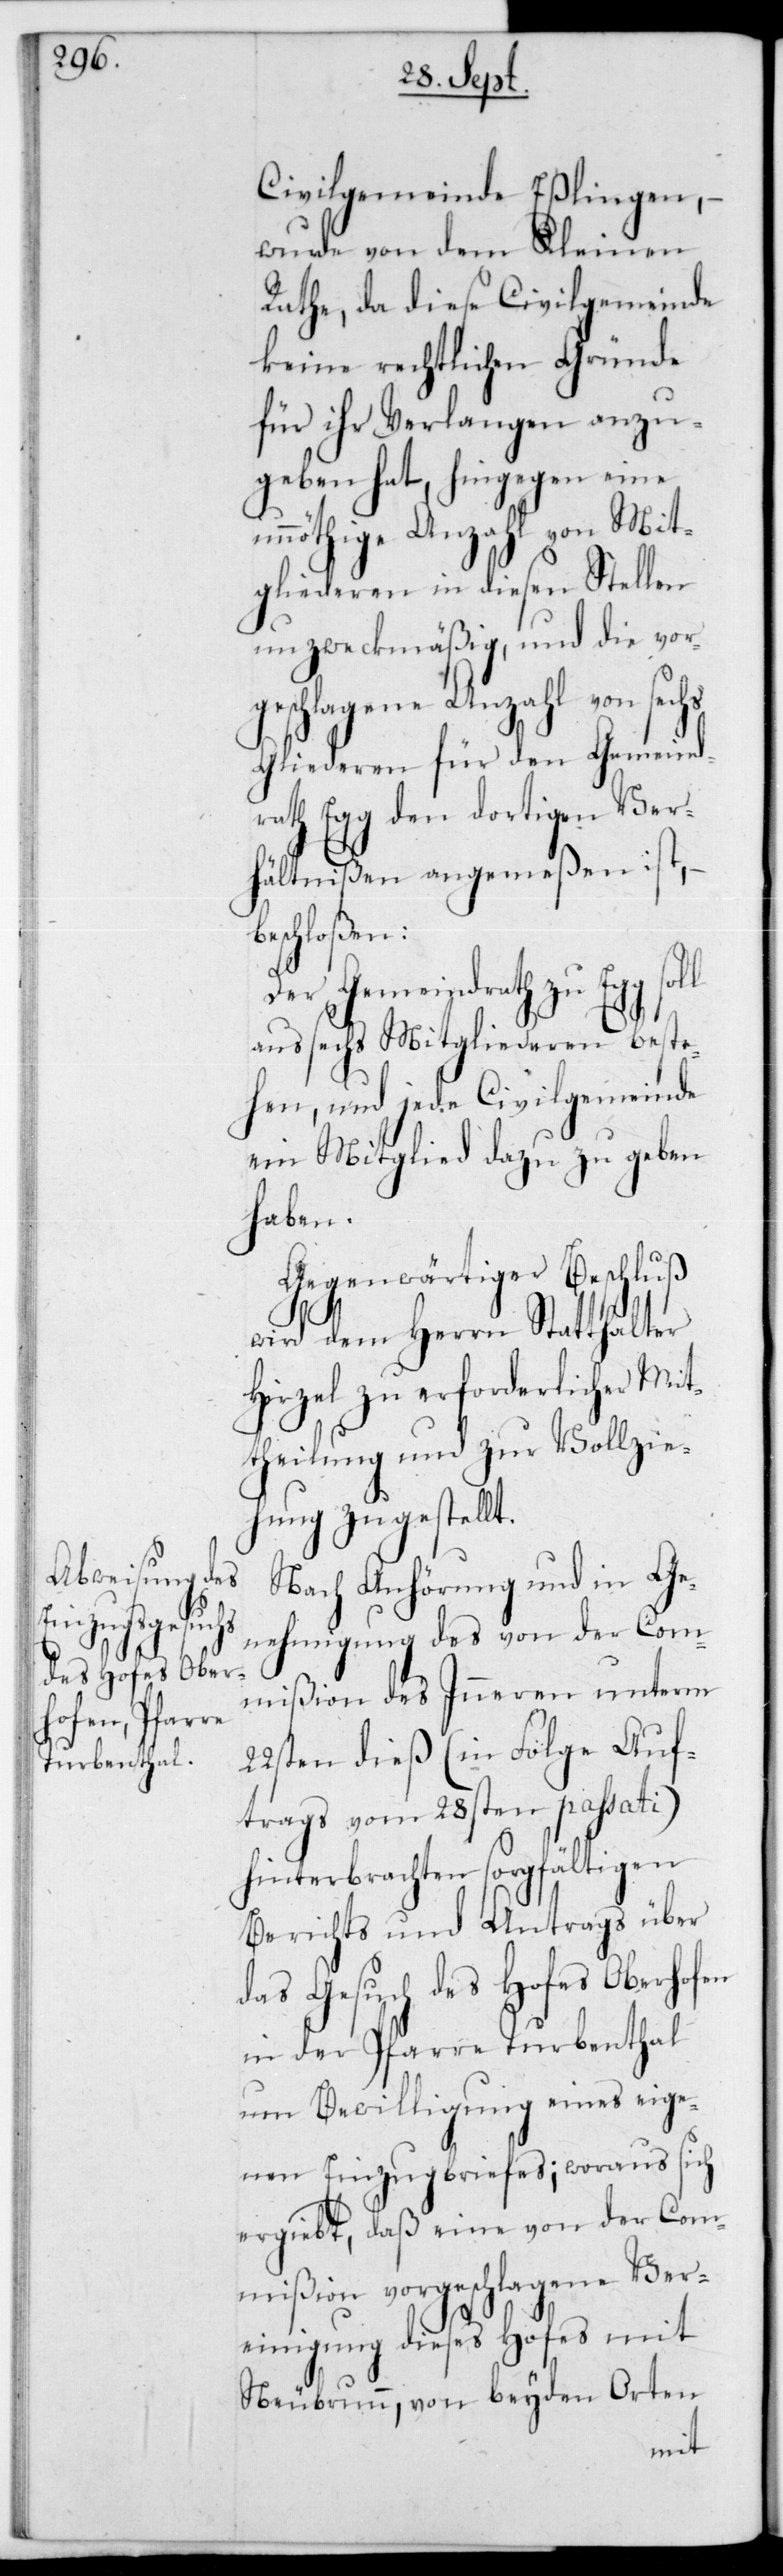
Civilgemeinde Eßlingen,
wurde von dem Kleinen
Rathe, da diese Civilgemeinde
keine rechtlichen Gründe
für ihr Verlangen anzu¬
geben hat, hingegen eine
unnöthige Anzahl von Mit¬
gliederen in diesen Stellen
unzweckmäßig, und die vor¬
geschlagene Anzahl von sechs
Gliederen für den Gemeind¬
rath Egg den dortigen Ver¬
hältnißen angemeßen ist, –
Der Gemeindrath zu Egg soll
aus sechs Mitgliederen beste¬
hen, und jede Civilgemeinde
ein Mitglied dazu zu geben
haben.
Gegenwärtiger Beschluß
wird dem Herrn Statthalter
Hirzel zu erforderlicher Mit¬
theilung und zur Vollzie¬
hung zugestellt.
Nach Anhörung und in Ge¬
nehmigung des von der Com¬
mißion des Inneren unterm
22sten dieß (in Folge Auf¬
trags vom 28sten passati)
hinterbrachten sorgfältigen
Berichts und Antrags über
das Gesuch des Hofes Oberhofen
in der Pfarre Turbenthal,
um Bewilligung eines eige¬
nen Einzugsbriefes; woraus sich
ergiebt, daß eine von der Com¬
mißion vorgeschlagene Ver¬
einigung dieses Hofes mit
Neubrunn, von beyden Orten